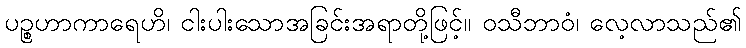
ပဉ္စဟာကာရေဟိ၊ ငါးပါးသောအခြင်းအရာတို့ဖြင့်။ ဝသီဘာဝံ၊ လေ့လာသည်၏